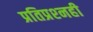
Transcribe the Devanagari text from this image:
प्रतिप्रश्‍नही